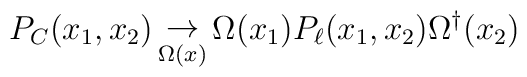
P_{C}(x_1,x_2) \mathop\to_{\Omega(x)} \Omega(x_1) P_{\ell}(x_1,x_2)\Omega^\dagger(x_2)